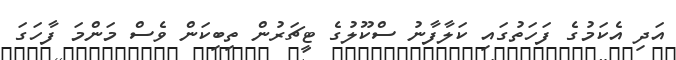
އަދި އެކަމުގެ ފަހަތުގައި ކަލާފާނު ސްކޫލުގެ ޓީޗަރުން ތިބިކަން ވެސް މަންމަ ފާހަގަ